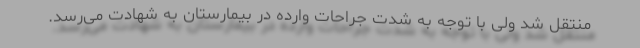
منتقل شد ولی با توجه به شدت جراحات وارده در بیمارستان به شهادت می‌رسد.